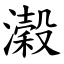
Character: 濲